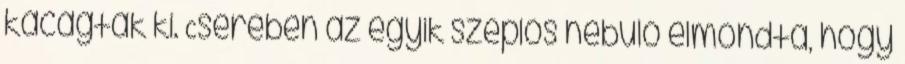
kacagtak ki. Cserében az egyik szeplős nebuló elmondta, hogy